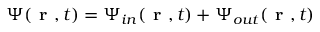
{ \Psi } ( \textbf { r } , t ) = { \Psi } _ { i n } ( \textbf { r } , t ) + { \Psi } _ { o u t } ( \textbf { r } , t )